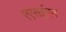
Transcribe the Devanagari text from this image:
एएसईएन